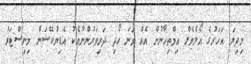
މިދިޔަ އަހަރުގެ އޯލެވެލް އިމްތިހާނުން އެއް ވަނަ ހޯދި ދަރިވަރުންނާއެކު އެޑިޔުކޭޝަން މިނިސްޓަރު